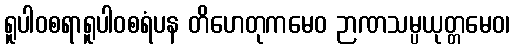
ရူပါဝစရာရူပါဝစရံပန တိဟေတုကမေဝ ဉာဏသမ္ပယုတ္တမေဝ၊